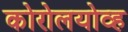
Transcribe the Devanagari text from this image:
कोरोलयोव्ह